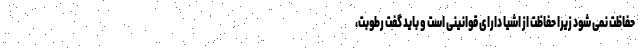
حفاظت نمی شود زیرا حفاظت از اشیا دارای قوانینی است و باید گفت رطوبت،